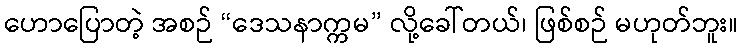
ဟောပြောတဲ့ အစဉ် “ဒေသနာက္ကမ” လို့ခေါ်တယ်၊ ဖြစ်စဉ် မဟုတ်ဘူး။